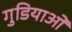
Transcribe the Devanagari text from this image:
गुडियाओं